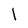
Character: l